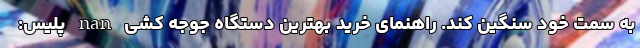
به سمت خود سنگین کند. راهنمای خرید بهترین دستگاه جوجه کشی nan پلیس: